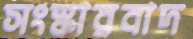
সংস্কারবাদ